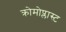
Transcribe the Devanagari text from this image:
क्रोमोप्लास्ट